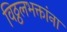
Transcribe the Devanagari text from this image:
विठ्ठलभक्तांना